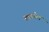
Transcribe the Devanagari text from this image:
साइनेल